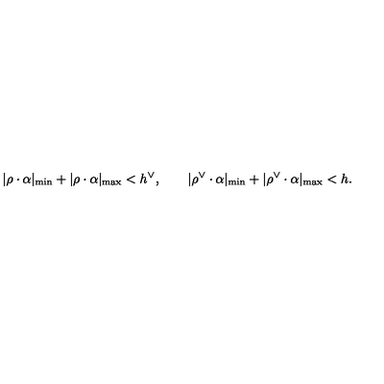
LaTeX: | \rho \cdot \alpha | _ { \mathrm { m i n } } + | \rho \cdot \alpha | _ { \mathrm { m a x } } < h ^ { \vee } , \qquad | \rho ^ { \vee } \cdot \alpha | _ { \mathrm { m i n } } + | \rho ^ { \vee } \cdot \alpha | _ { \mathrm { m a x } } < h .